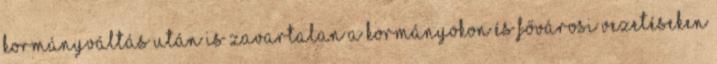
kormányváltás után is zavartalan A kormányokon és fővárosi vezetéseken